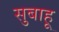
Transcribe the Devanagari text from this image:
सुबाहू